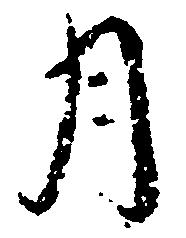
月